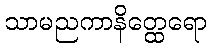
သာမညကာနိတ္ထေရော